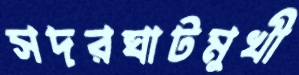
সদরঘাটমুখী